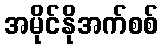
အမိုင်နိုအက်စစ်